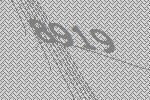
8919